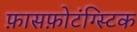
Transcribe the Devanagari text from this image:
फ़ासफ़ोटंग्स्टिक